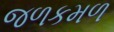
જળકમળ